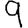
Digit: 9